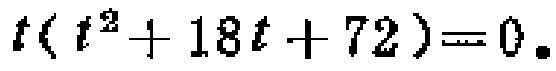
\(t(t^{2}+18t + 72)=0\)